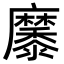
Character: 𪎭